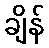
ချိန်